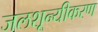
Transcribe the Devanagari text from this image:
जलशून्यीकरण